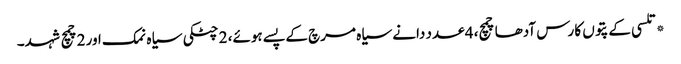
*تلسی کے پتوں کا رس آدھا چمچ، 4 عدد دانے سیاہ مرچ کے پسے ہوئے، 2 چٹکی سیاہ نمک اور 2چمچ شہد۔